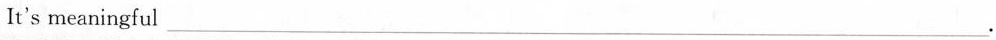
It's meaningful___.